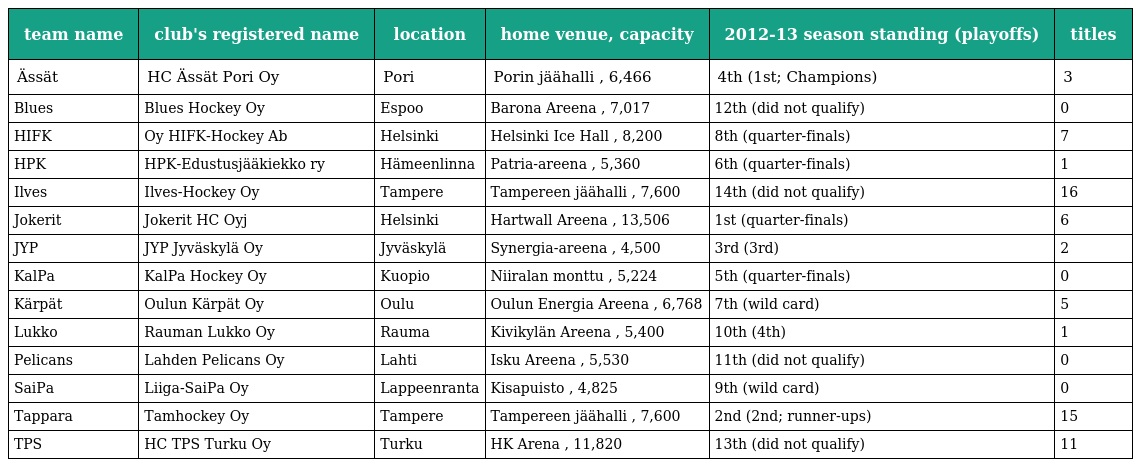
| team name | club's registered name | location | home venue, capacity | 2012-13 season standing (playoffs) | titles |
 | --- | --- | --- | --- | --- | --- |
 | Ässät | HC Ässät Pori Oy | Pori | Porin jäähalli , 6,466 | 4th (1st; Champions) | 3 |
 | Blues | Blues Hockey Oy | Espoo | Barona Areena , 7,017 | 12th (did not qualify) | 0 |
 | HIFK | Oy HIFK-Hockey Ab | Helsinki | Helsinki Ice Hall , 8,200 | 8th (quarter-finals) | 7 |
 | HPK | HPK-Edustusjääkiekko ry | Hämeenlinna | Patria-areena , 5,360 | 6th (quarter-finals) | 1 |
 | Ilves | Ilves-Hockey Oy | Tampere | Tampereen jäähalli , 7,600 | 14th (did not qualify) | 16 |
 | Jokerit | Jokerit HC Oyj | Helsinki | Hartwall Areena , 13,506 | 1st (quarter-finals) | 6 |
 | JYP | JYP Jyväskylä Oy | Jyväskylä | Synergia-areena , 4,500 | 3rd (3rd) | 2 |
 | KalPa | KalPa Hockey Oy | Kuopio | Niiralan monttu , 5,224 | 5th (quarter-finals) | 0 |
 | Kärpät | Oulun Kärpät Oy | Oulu | Oulun Energia Areena , 6,768 | 7th (wild card) | 5 |
 | Lukko | Rauman Lukko Oy | Rauma | Kivikylän Areena , 5,400 | 10th (4th) | 1 |
 | Pelicans | Lahden Pelicans Oy | Lahti | Isku Areena , 5,530 | 11th (did not qualify) | 0 |
 | SaiPa | Liiga-SaiPa Oy | Lappeenranta | Kisapuisto , 4,825 | 9th (wild card) | 0 |
 | Tappara | Tamhockey Oy | Tampere | Tampereen jäähalli , 7,600 | 2nd (2nd; runner-ups) | 15 |
 | TPS | HC TPS Turku Oy | Turku | HK Arena , 11,820 | 13th (did not qualify) | 11 |